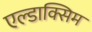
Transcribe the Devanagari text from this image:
एल्डाक्सिम